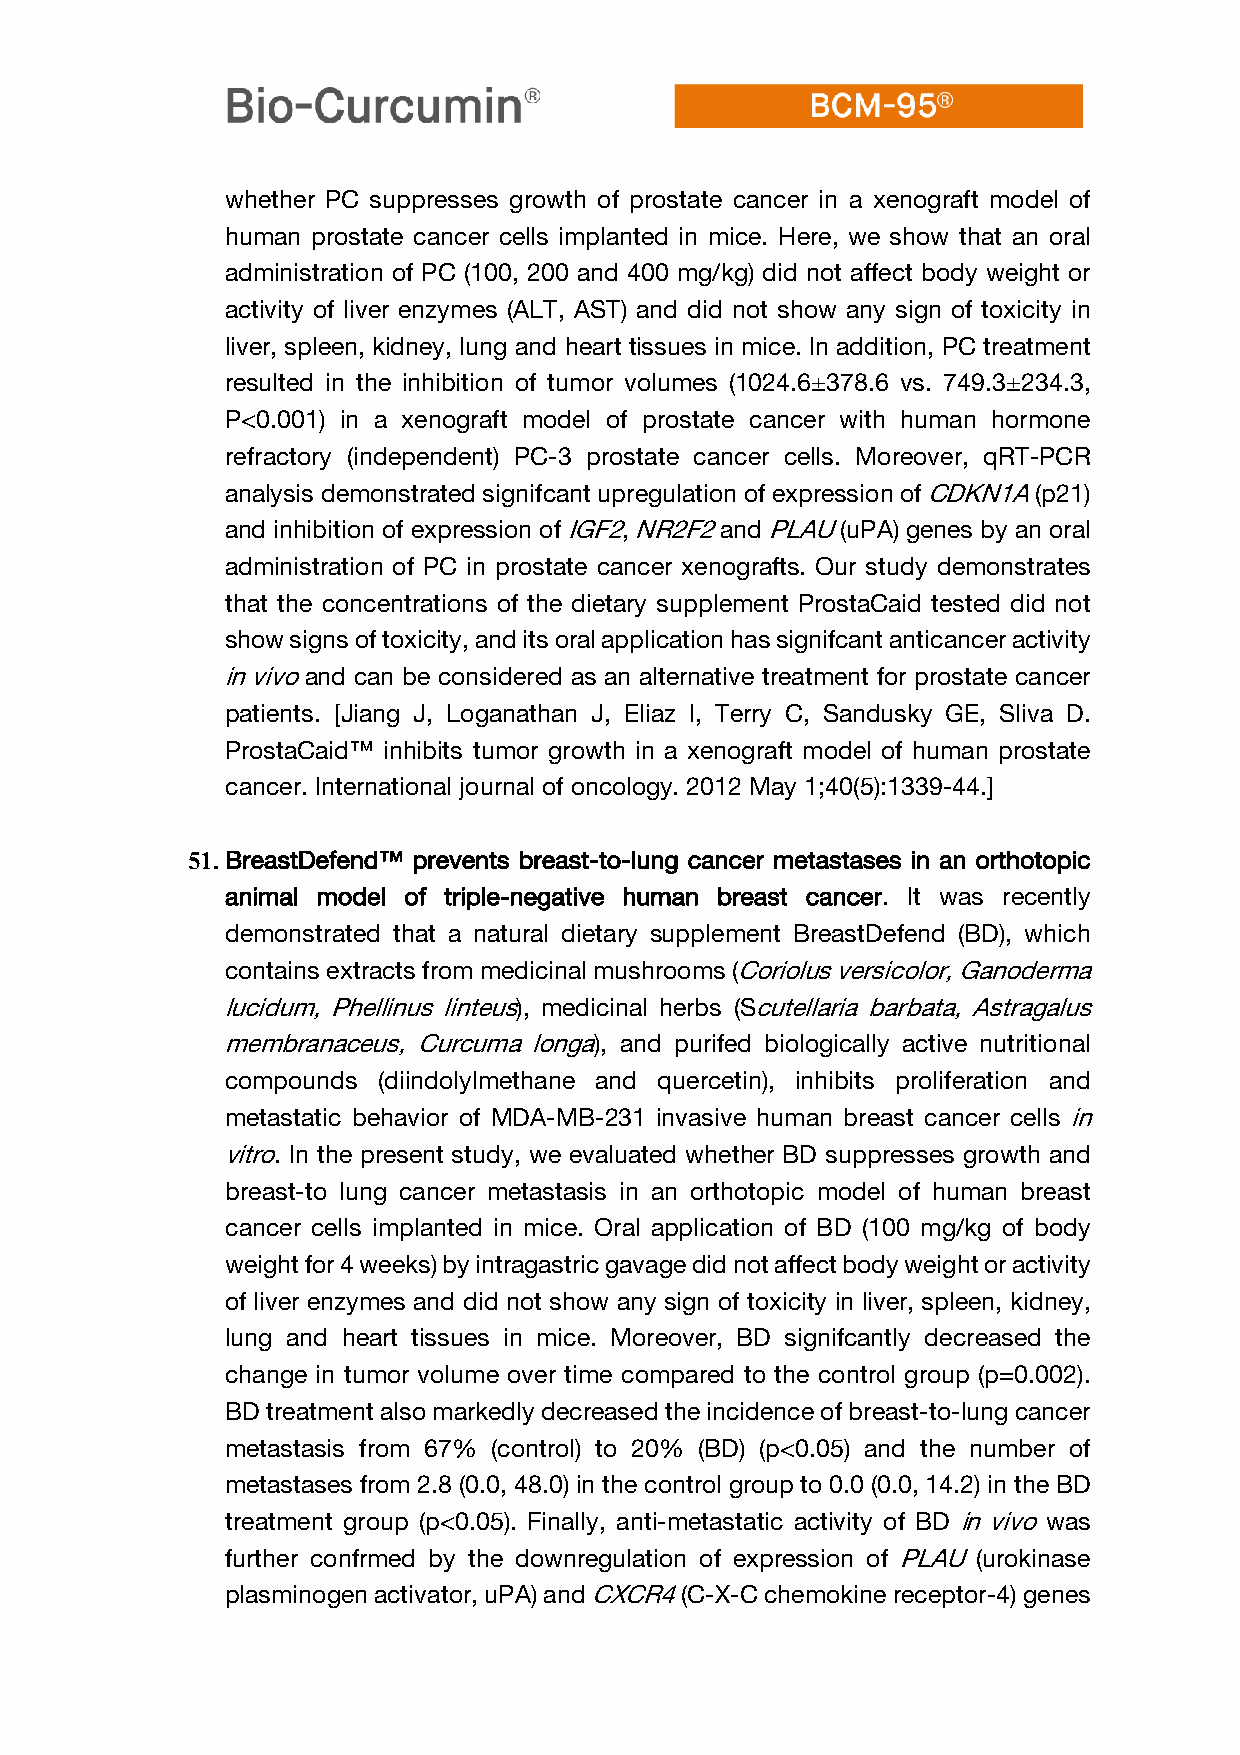
whether PC suppresses growth of prostate cancer in a xenograft model of
 human prostate cancer cells implanted in mice. Here, we show that an oral
 administration of PC (100, 200 and 400 mg/kg) did not affect body weight or
 activity of liver enzymes (ALT, AST) and did not show any sign of toxicity in
 liver, spleen, kidney, lung and heart tissues in mice. In addition, PC treatment
 resulted in the inhibition of tumor volumes (1024.6±378.6 vs. 749.3±234.3,
 P<0.001) in a xenograft model of prostate cancer with human hormone
 refractory (independent) PC-3 prostate cancer cells. Moreover, qRT-PCR
 analysis demonstrated signifcant upregulation of expression of CDKN1A (p21)
 and inhibition of expression of IGF2, NR2F2 and PLAU (uPA) genes by an oral
 administration of PC in prostate cancer xenografts. Our study demonstrates
 that the concentrations of the dietary supplement ProstaCaid tested did not
 show signs of toxicity, and its oral application has signifcant anticancer activity
 in vivo and can be considered as an alternative treatment for prostate cancer
 patients. [Jiang J, Loganathan J, Eliaz I, Terry C, Sandusky GE, Sliva D.
 ProstaCaid™ inhibits tumor growth in a xenograft model of human prostate
 cancer. International journal of oncology. 2012 May 1;40(5):1339-44.]
 51. BreastDefend™ prevents breast-to-lung cancer metastases in an orthotopic
 animal model of triple-negative human breast cancer. It was recently
 demonstrated that a natural dietary supplement BreastDefend (BD), which
 contains extracts from medicinal mushrooms (Coriolus versicolor, Ganoderma
 lucidum, Phellinus linteus), medicinal herbs (Scutellaria barbata, Astragalus
 membranaceus, Curcuma longa), and purifed biologically active nutritional
 compounds (diindolylmethane and quercetin), inhibits proliferation and
 metastatic behavior of MDA-MB-231 invasive human breast cancer cells in
 vitro. In the present study, we evaluated whether BD suppresses growth and
 breast-to lung cancer metastasis in an orthotopic model of human breast
 cancer cells implanted in mice. Oral application of BD (100 mg/kg of body
 weight for 4 weeks) by intragastric gavage did not affect body weight or activity
 of liver enzymes and did not show any sign of toxicity in liver, spleen, kidney,
 lung and heart tissues in mice. Moreover, BD signifcantly decreased the
 change in tumor volume over time compared to the control group (p=0.002).
 BD treatment also markedly decreased the incidence of breast-to-lung cancer
 metastasis from 67% (control) to 20% (BD) (p<0.05) and the number of
 metastases from 2.8 (0.0, 48.0) in the control group to 0.0 (0.0, 14.2) in the BD
 treatment group (p<0.05). Finally, anti-metastatic activity of BD in vivo was
 further confrmed by the downregulation of expression of PLAU (urokinase
 plasminogen activator, uPA) and CXCR4 (C-X-C chemokine receptor-4) genes